Sanitation, dispensaries and jails vaccination Rajputana 1922-1927 - 1922-1927
Year: 1922
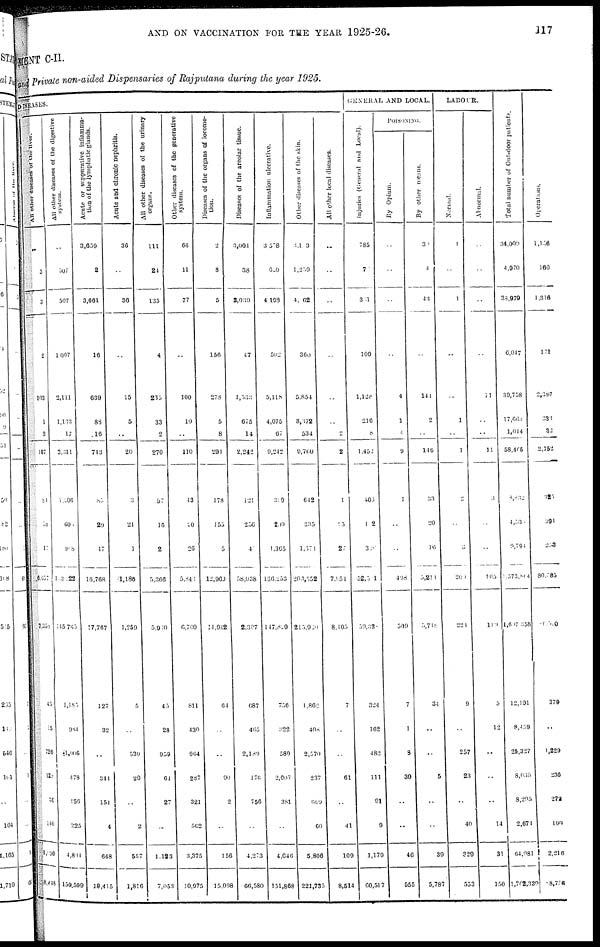
AND ON VACCINATION FOR THE YEAR 1925-26.
117
MENT C-II.
and Private non-aided Dispensaries of Rajputana during the year 1925.
DISEASES.
All
other diseases of the liver.
..
3
3
2
103
1
3
107
84
58
17
6,657
7,358
45
5
726
128
36
140
1,090
8,448
All other diseases of the digestive
system.
..
507
507
1,007
2,111
1,133
17
3,311
1,206
605
968
103,222
145,765
1,185
984
1,006
478
956
225
4,834
150,599
Acute or suppurative inflamma-
tion of the lymphatic glands.
3,659
2
3,661
16
639
88
16
743
85
29
47
16,768
17,787
127
32
..
344
151
4
648
18,415
Acute and chronic nephritis.
36
..
36
..
15
5
..
20
3
21
1
1,186
1,259
5
..
530
20
..
2
557
1,816
All
other diseases of the urinary
organs.
111
24
135
4
235
33
2
270
57
16
2
5,366
5,960
45
28
959
64
27
...
1,123
7,053
Other diseases of the generative
system.
66
11
77
..
100
10
..
110
43
20
26
5,848
6,700
811
430
964
287
321
562
3,375
10,075
Diseases of the organs of locomo-
tion.
2
3
5
156
278
5
8
291
178
155
5
12,960
14,942
64
..
..
90
2
..
156
15,098
Diseases of the areolar tissue.
3,001
38
3,039
47
1,533
675
14
2,242
121
256
4
58,038
2,307
687
465
2,189
176
756
..
4,273
66,580
Inflammation ulcerative.
3 578
620
4,198
502
5,118
4,075
67
9,242
389
209
1,365
136,253
147,829
756
322
580
2,007
381
..
4,046
151,868
Other diseases of the skin.
3,103
1,259
4,062
360
5,854
3,372
534
9,760
642
335
1,374
203,552
215,920
1,862
408
2,570
237
609
60
5,806
221,735
All other local diseases.
..
..
..
..
..
..
2
2
1
9 5
27
7,954
8,405
7
..
..
61
..
41
109
8,514
GENERAL AND LOCAL.
Injuries (General and Local).
785
7
351
109
1,128
216
8
1,452
406
102
326
52,501
59,338
324
162
182
111
91
9
1,179
60,517
POISONING.
By Opium.
..
..
..
..
4
1
4
9
1
..
..
498
509
7
1
3
30
..
..
46
555
By other means.
39
4
43
..
141
2
..
140
33
20
16
5,211
5,748
34
..
..
5
..
39
5,787
LABOUR.
Normal.
1
..
1
..
..
1
..
1
2
..
3
200
224
9
..
257
23
..
40
329
553
Abnormal.
..
..
..
..
11
..
..
11
3
..
..
105
119
5
12
..
..
..
14
31
150
Total number of Out-door patients.
34,009
4,970
38,979
6,047
39,758
17,063
1,044
58,405
8,832
4,535
9,794
1,573,864
1,607,358
12,191
8,459
25,327
8,035
3,295
2,074
64,'981
1,702,330
Operations.
1,156
160
1,316
171
2,387
333
32
2,752
325
394
253
80,785
86,520
379
..
1, 229
236
272
100
2,216
88,756